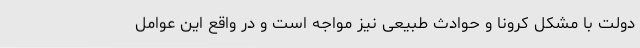
دولت با مشکل کرونا و حوادث طبیعی نیز مواجه است و در واقع این عوامل